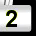
Digit: 2